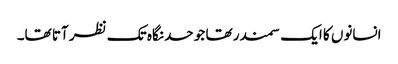
انسانوں کا ایک سمندر تھا جو حد نگاہ تک نظر آتا تھا۔